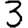
Digit: 3